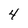
Character: 4